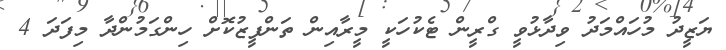
ޔަޒީދު މުހައްމަދު ވިދާޅުވީ ގްރީން ޓެކުހަކީ މީރާއިން ތަންފީޒުކޮށް ހިންގަމުންދާ މިފަދަ 4